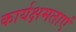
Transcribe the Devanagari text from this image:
कार्यक्षमताएं